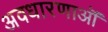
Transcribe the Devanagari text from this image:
अवधारणाऒं